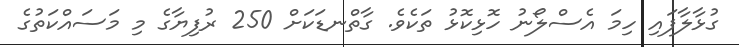
ގުޅާލާފައި ހިމަ އެސްލޯނު ހޮޅިކޮޅު ތަކެވެ. ގާތްނޑަކަށް 250 ރުފިޔާގެ މި މަސައްކަތުގެ